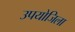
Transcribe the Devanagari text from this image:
उपयोजिला